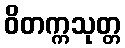
ဝိတက္ကသုတ္တ